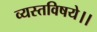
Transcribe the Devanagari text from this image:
व्यस्तविषये।।